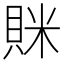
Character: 𧵵